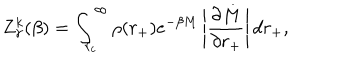
Z _ { \gamma } ^ { k } ( \beta ) = \int _ { r _ { c } } ^ { \infty } \rho ( r _ { + } ) e ^ { - \beta M } \left| \frac { \partial M } { \partial r _ { + } } \right| d r _ { + } ,